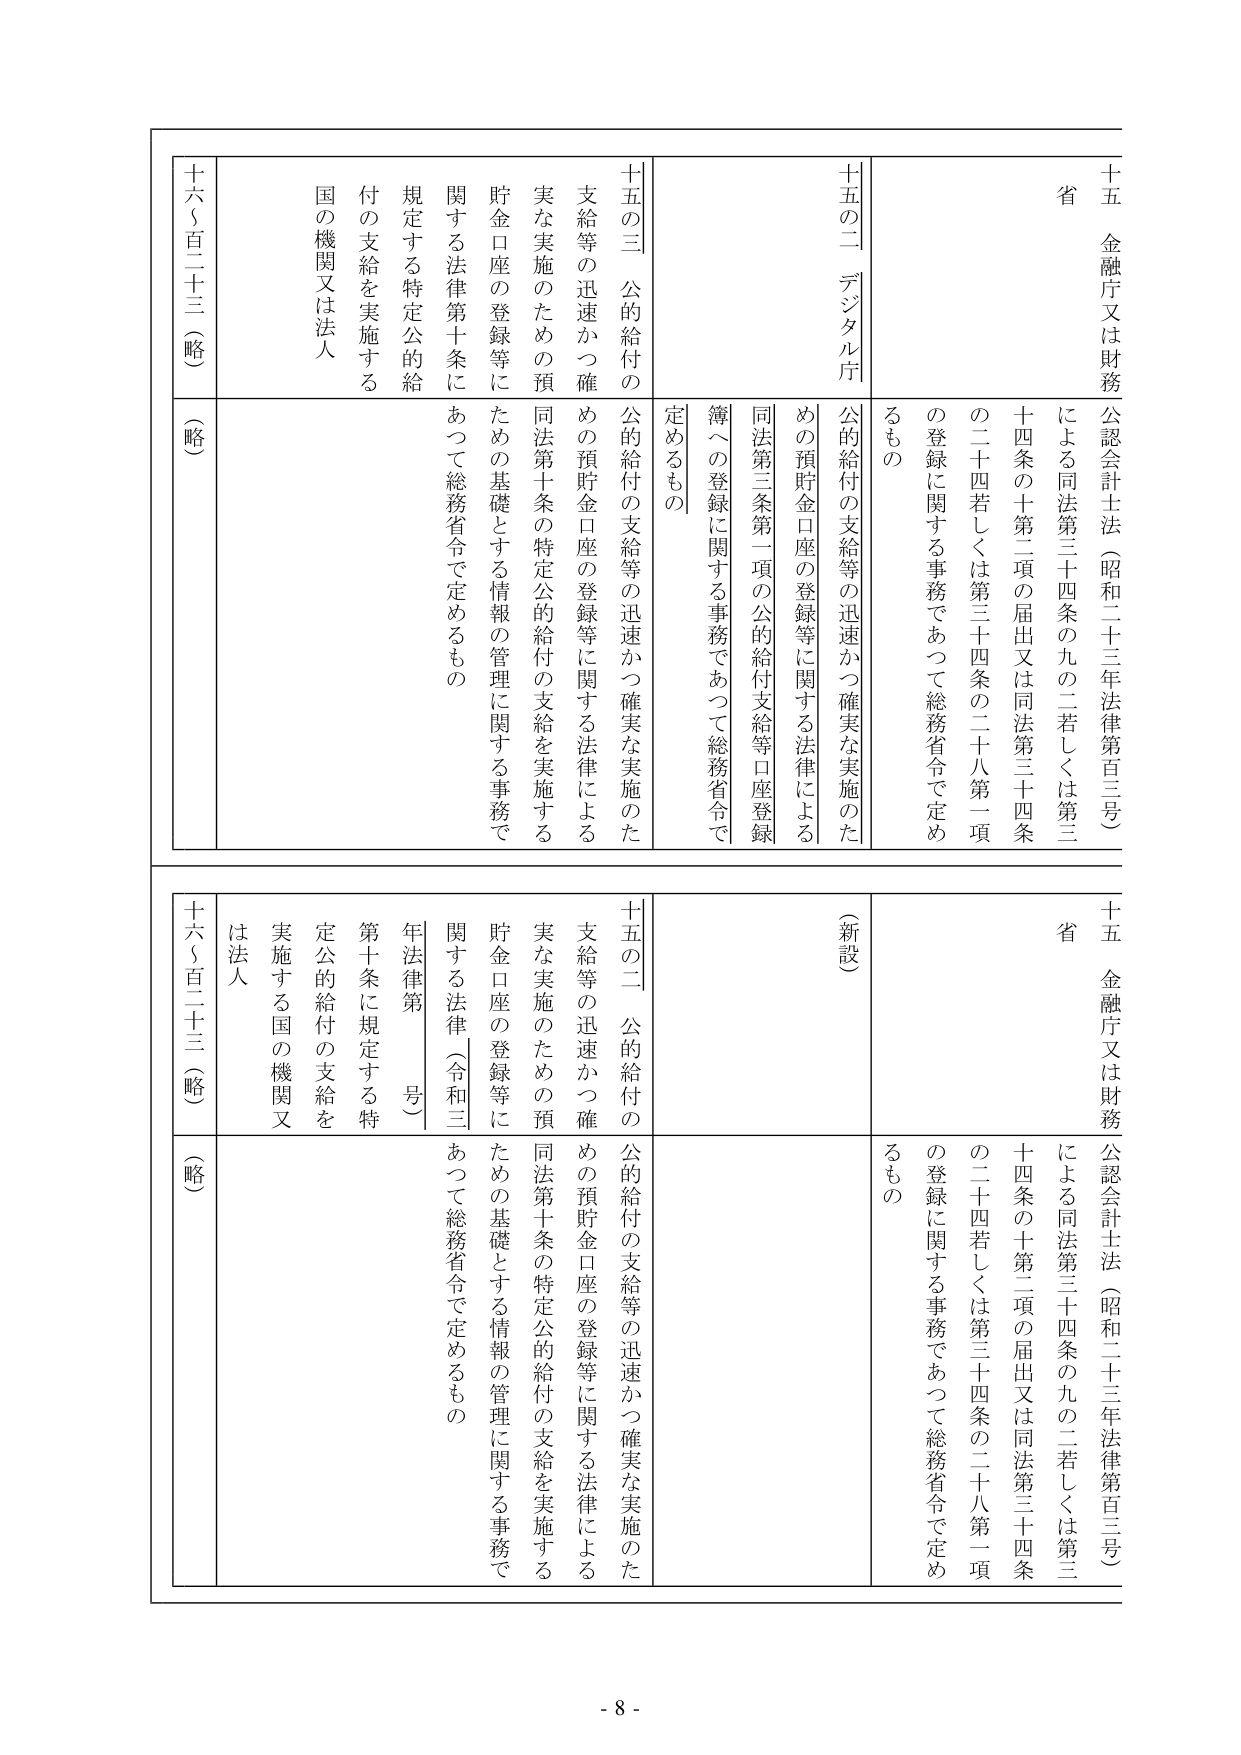
十五 金融庁又は財務省
公認会計士法（昭和二十三年法律第百三号）
による同法第三十四条の九の二若しくは第三十四条の十第二項の届出又は同法第三十四条の二十四若しくは第三十四条の二十八第一項の登録に関する事務であつて総務省令で定めるもの

十五の二 デジタル庁
公的給付の支給等の迅速かつ確実な実施のための預貯金口座の登録等に関する法律による同法第三条第一項の公的給付支給等口座登録簿への登録に関する事務であつて総務省令で定めるもの

十五の三 公的給付の支給等の迅速かつ確実な実施のための預貯金口座の登録等に関する法律による同法第十条の特定公的給付の支給を実施するための基礎とする情報の管理に関する事務であつて総務省令で定めるもの

十六（百二十三）（略）
（略）

十五 金融庁又は財務省
公認会計士法（昭和二十三年法律第百三号）
による同法第三十四条の九の二若しくは第三十四条の十第二項の届出又は同法第三十四条の二十四若しくは第三十四条の二十八第一項の登録に関する事務であつて総務省令で定めるもの

十五の二 公的給付の支給等の迅速かつ確実な実施のための預貯金口座の登録等に関する法律による同法第十条の特定公的給付の支給を実施するための基礎とする情報の管理に関する事務であつて総務省令で定めるもの

（新設）

十六（百二十三）（略）
（略）

年法律第（令和三年）号
第十条に規定する特定公的給付の支給を実施する国の機関又は法人

- 8 -